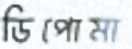
ডিপোমা